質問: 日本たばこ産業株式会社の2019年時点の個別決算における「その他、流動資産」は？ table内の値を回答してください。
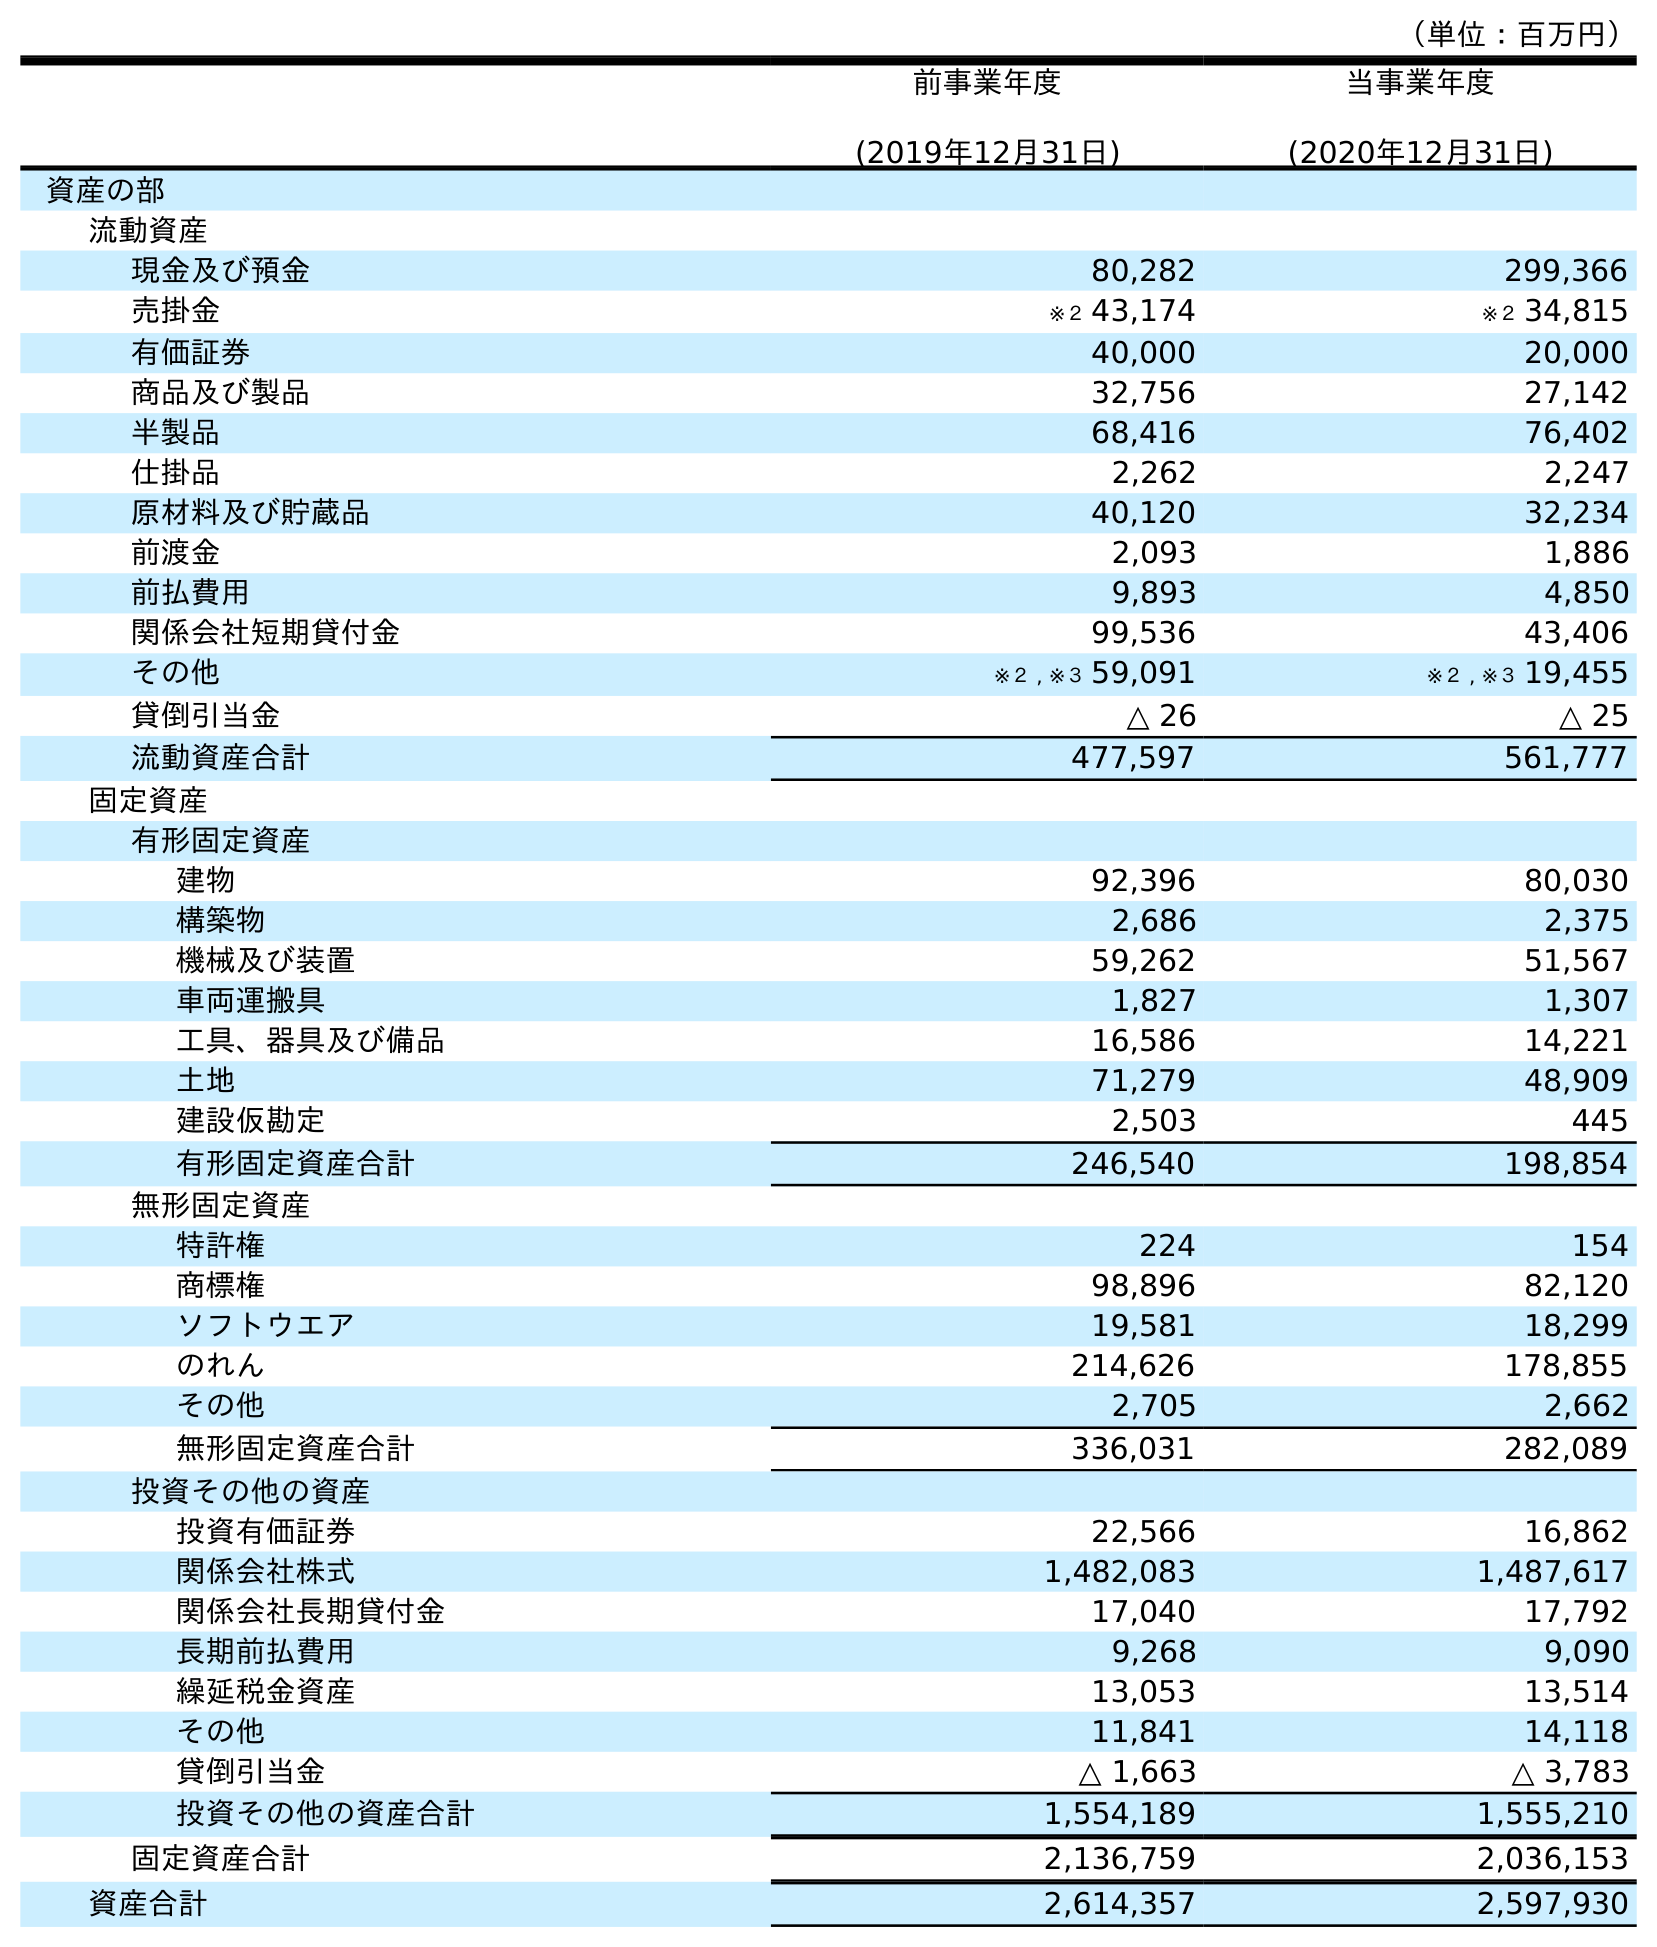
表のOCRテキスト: （単位：百万円） 前事業年度 (2019年12月31日) 当事業年度 (2020年12月31日) 資産の部 流動資産 現金及び預金 80,282 299,366 売掛金 ※２ 43,174 ※２ 34,815 有価証券 40,000 20,000 商品及び製品 32,756 27,142 半製品 68,416 76,402 仕掛品 2,262 2,247 原材料及び貯蔵品 40,120 32,234 前渡金 2,093 1,886 前払費用 9,893 4,850 関係会社短期貸付金 99,536 43,406 その他 ※２ , ※３ 59,091 ※２ , ※３ 19,455 貸倒引当金 △ 26 △ 25 流動資産合計 477,597 561,777 固定資産 有形固定資産 建物 92,396 80,030 構築物 2,686 2,375 機械及び装置 59,262 51,567 車両運搬具 1,827 1,307 工具、器具及び備品 16,586 14,221 土地 71,279 48,909 建設仮勘定 2,503 445 有形固定資産合計 246,540 198,854 無形固定資産 特許権 224 154 商標権 98,896 82,120 ソフトウエア 19,581 18,299 のれん 214,626 178,855 その他 2,705 2,662 無形固定資産合計 336,031 282,089 投資その他の資産 投資有価証券 22,566 16,862 関係会社株式 1,482,083 1,487,617 関係会社長期貸付金 17,040 17,792 長期前払費用 9,268 9,090 繰延税金資産 13,053 13,514 その他 11,841 14,118 貸倒引当金 △ 1,663 △ 3,783 投資その他の資産合計 1,554,189 1,555,210 固定資産合計 2,136,759 2,036,153 資産合計 2,614,357 2,597,930
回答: ※２,※３59,091